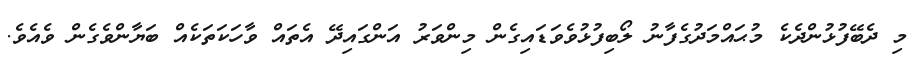
މި ދެބޭފުޅުންދެކެ މުޙައްމަދުގެފާނު ލޯބިފުޅުވެވަޑައިގެން މިންވަރު އަންގައިދޭ އެތައް ވާހަކަތަކެއް ބަޔާންވެގެން ވެއެވެ.